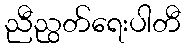
ညီညွတ်ရေးပါတီ